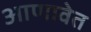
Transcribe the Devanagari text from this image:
आणावेत